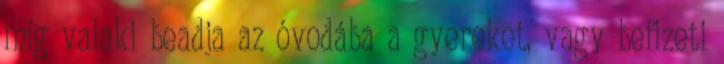
míg valaki beadja az óvodába a gyereket, vagy befizeti